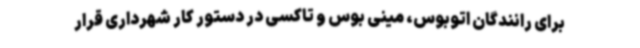
برای رانندگان اتوبوس، مینی بوس و تاکسی در دستور کار شهرداری قرار